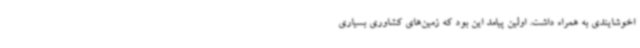
اخوشایندی به همراه داشت. اولین پیامد این بود که زمین‌های کشاوری بسیاری